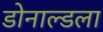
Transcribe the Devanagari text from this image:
डोनाल्डला